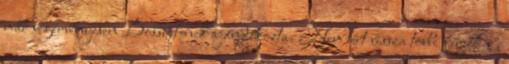
már végérvényesen Bossuet-nek ajándékozta. Nem tért vissza többé férjéhez,